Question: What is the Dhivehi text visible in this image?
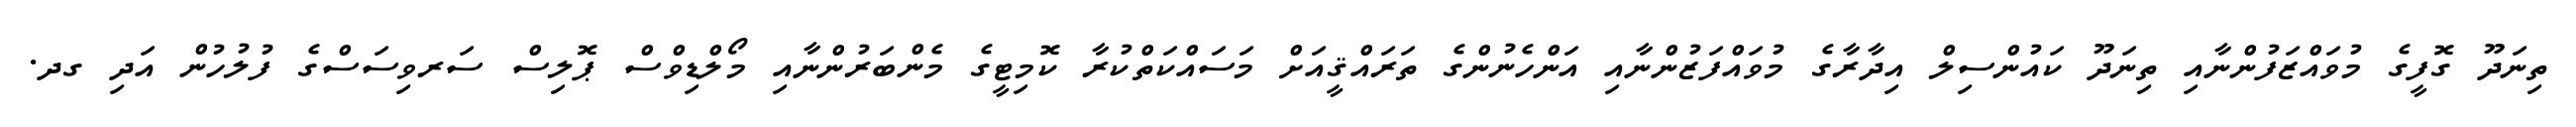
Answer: ތިނަދޫ ގޮފީގެ މުވައްޒަފުންނާއި ތިނަދޫ ކައުންސިލް އިދާރާގެ މުވައްފަޒުންނާއި އަންހެނުންގެ ތަރައްޤީއަށް މަސައްކަތްކުރާ ކޮމިޓީގެ މެންބަރުންނާއި މޯލްޑިވްސް ޕޮލިސް ސަރވިސަސްގެ ފުލުހުން އަދި ގދ.